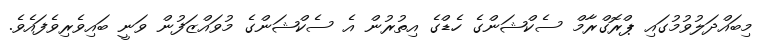
މިބައްދަލުވުމުގައި ޕްރޮގްރާމް ސެކްޝަންގެ ހެޑްގެ އިތުރުން އެ ސެކްޝަންގެ މުވައްޒަފުން ވަނީ ބައިވެރިވެފައެވެ.